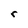
Character: r